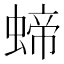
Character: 𧍝